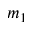
m _ { 1 }